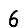
Digit: 6